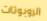
الروبوتات